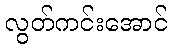
လွတ်ကင်းအောင်